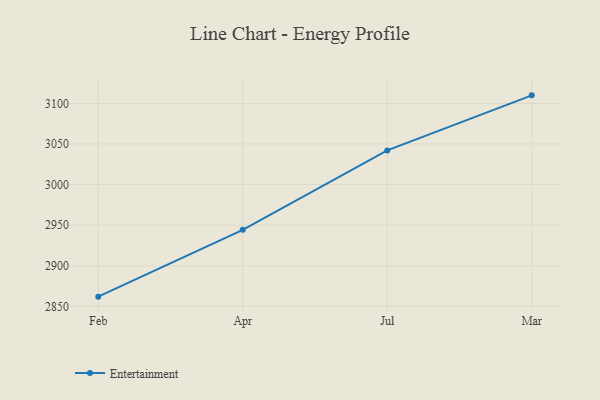
{"axis": {"x": "Month", "y": "Energy Usage (MWh)"}, "legend": ["Entertainment"], "data": [{"x": "Feb", "y": 2862.0, "type": "Entertainment"}, {"x": "Apr", "y": 2944.3, "type": "Entertainment"}, {"x": "Jul", "y": 3042.1, "type": "Entertainment"}, {"x": "Mar", "y": 3109.9, "type": "Entertainment"}]}